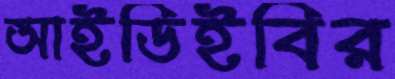
আইডিইবির